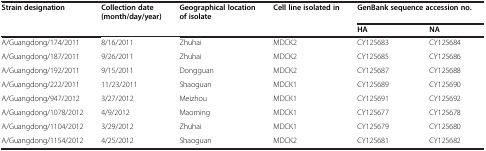
<table><thead><tr><td><b>Strain designation</b></td><td><b>Collection date (month/day/year)</b></td><td><b>Geographical location of isolate</b></td><td><b>Cell line isolated in</b></td><td colspan="2"><b>GenBank sequence accession no.</b></td></tr><tr><td><b> </b></td><td><b> </b></td><td><b> </b></td><td><b> </b></td><td><b>HA</b></td><td><b>NA</b></td></tr></thead><tbody><tr><td>A/Guangdong/174/2011</td><td>8/16/2011</td><td>Zhuhai</td><td>MDCK2</td><td>CY125683</td><td>CY125684</td></tr><tr><td>A/Guangdong/187/2011</td><td>9/26/2011</td><td>Zhuhai</td><td>MDCK2</td><td>CY125685</td><td>CY125686</td></tr><tr><td>A/Guangdong/192/2011</td><td>9/15/2011</td><td>Dongguan</td><td>MDCK2</td><td>CY125687</td><td>CY125688</td></tr><tr><td>A/Guangdong/222/2011</td><td>11/23/2011</td><td>Shaoguan</td><td>MDCK1</td><td>CY125689</td><td>CY125690</td></tr><tr><td>A/Guangdong/947/2012</td><td>3/27/2012</td><td>Meizhou</td><td>MDCK1</td><td>CY125691</td><td>CY125692</td></tr><tr><td>A/Guangdong/1078/2012</td><td>4/9/2012</td><td>Maoming</td><td>MDCK1</td><td>CY125677</td><td>CY125678</td></tr><tr><td>A/Guangdong/1104/2012</td><td>3/29/2012</td><td>Zhuhai</td><td>MDCK1</td><td>CY125679</td><td>CY125680</td></tr><tr><td>A/Guangdong/1154/2012</td><td>4/25/2012</td><td>Shaoguan</td><td>MDCK2</td><td>CY125681</td><td>CY125682</td></tr></tbody></table>